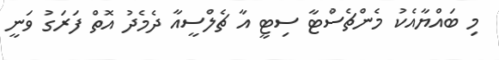
މި ބައްޔާއެކު މެންޗެސްޓާ ސިޓީ އާ ޗެލްސީއާ ދެމެދު އޮތް ފަރަގު ވަނީ